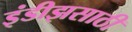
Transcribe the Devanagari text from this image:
इंडीझसाठी